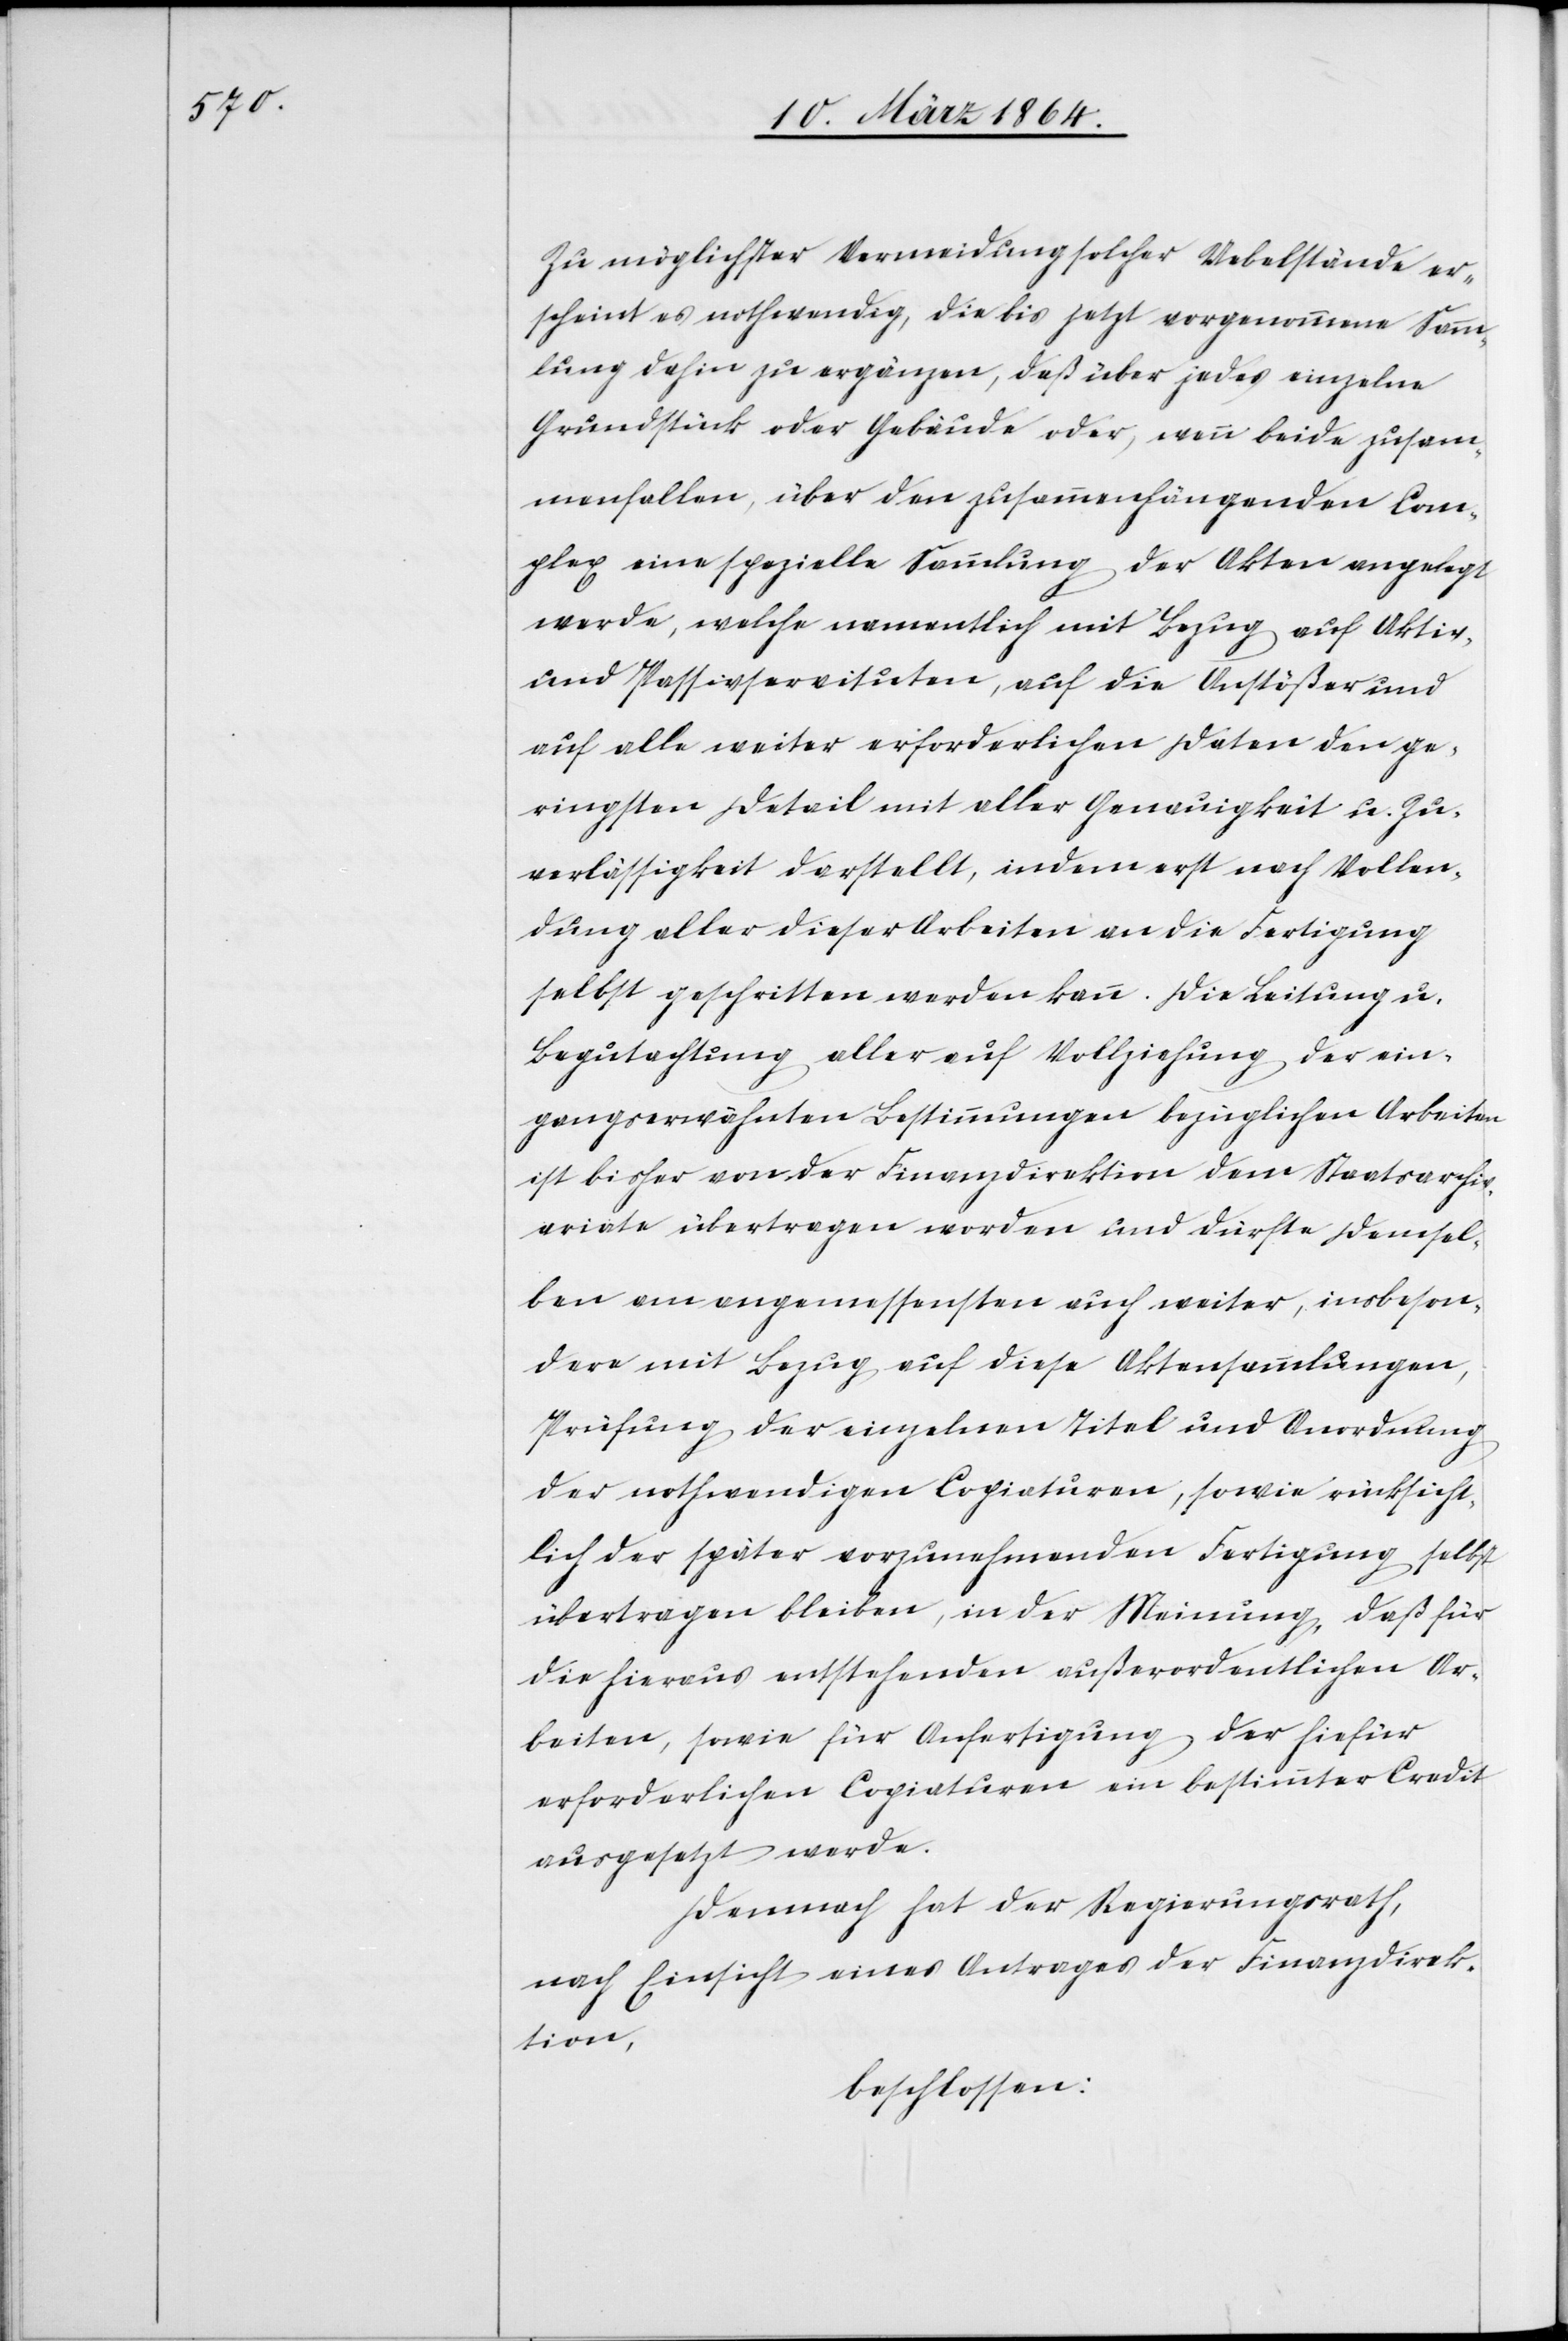
Zu möglichster Vermeidung solcher Uebelstände er¬
scheint es nothwendig, die bis jetzt vorgenommene Samm¬
lung dahin zu ergänzen, daß über jedes einzelne
Grundstück oder Gebäude oder, wenn beide zusam¬
menfallen, über den zusammenhängenden Com¬
plex eine spezielle Sammlung der Akten angelegt
werde, welche namentlich mit Bezug auf Aktiv-
und Passivservituten, auf die Anstößer und
auf alle weiter erforderlichen Daten den ge¬
ringsten Detail mit aller Genauigkeit u. Zu¬
verlässigkeit darstellt, indem erst nach Vollen¬
dung aller dieser Arbeiten an die Fertigung
selbst geschritten werden kann. Die Leitung u.
Begutachtung aller auf Vollziehung der ein¬
gangserwähnten Bestimmungen bezüglichen Arbeiten
ist bisher von der Finanzdirektion dem Staatsarchi¬
variate übertragen worden und dürfte demsel¬
ben am angemessensten auch weiter, insbeson¬
dere mit Bezug auf diese Aktensammlungen,
Prüfung der einzelnen Titel und Anordnung
der nothwendigen Copiaturen, sowie rücksicht¬
lich der später vorzunehmenden Fertigung selbst
übertragen bleiben, in der Meinung, daß für
die hieraus entstehenden außerordentlichen Ar¬
beiten, sowie für Anfertigung der hierfür
erforderlichen Copiaturen ein bestimmter Credit
ausgesetzt werde.
Demnach hat der Regierungsrath,
nach Einsicht eines Antrages der Finanzdirek¬
tion,
beschlossen: